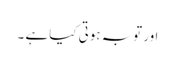
اور توبہ ہوتی کیا ہے ۔